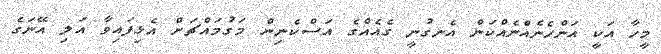
މީހާ އަކީ އަންހެނެއްނެއްކަން އެނގުނީ ގެއެއްގެ އަސްކެނިން މަގުމައްޗަށް އެޅިފައިވާ އަލި އޭނަގެ